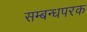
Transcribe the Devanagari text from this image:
सम्बन्धपरक